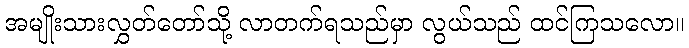
အမျိုးသားလွှတ်တော်သို့ လာတက်ရသည်မှာ လွယ်သည် ထင်ကြသလော။